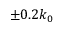
\pm 0 . 2 k _ { 0 }